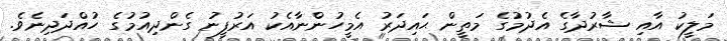
މަލީކު އާއި ޝާރުދާގެ އެދުމުގެ މަތީން ޙައިދަރު އެމީހުންނާއެކު އަރުފީނު ގެންދިއުމުގެ ހުއްދަދިނެވެ.